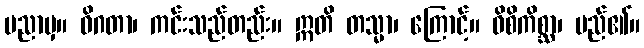
ပညာမှ။ ဝိဂတာ၊ ကင်းသည်တည်း။ ဣတိ တသ္မာ၊ ကြောင့်။ ဝိစိကိစ္ဆာ၊ မည်၏။